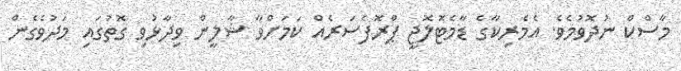
މާސްކް ނުދޮވުމެވެ. އެމެރިކާގެ ޑާމެޓޮލޮޖީ ޕްރޮފެސަރެއް ކަމަށްވާ ޝާލީން ވިދާޅުވި ގޮތުގައި މަދުވެގެން